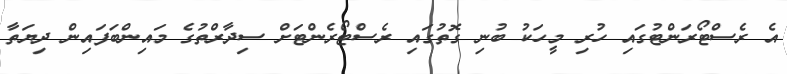
އެ ރެސްޓޯރަންޓުގައި ހުރި މީހަކު ބުނި ގޮތުގައި ރެސްޓޯރެންޓަށް ސިދާރްތުގެ މައިންބަފައިން ދިޔަތާ